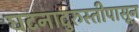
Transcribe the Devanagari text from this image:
घटनादुरुस्तीपासून